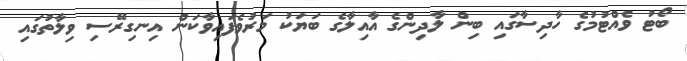
ބޯޓު ވެއްޓުމުގެ ހާދިސާގައި ބިން ލާދިންގެ އާއިލާގެ ބަޔަކު މަރުވެފައިވާކަން އިނގިރޭސި ވިލާތުގައި